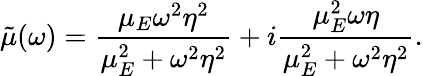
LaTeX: \tilde{\mu}(\omega)=\frac{\mu_{E}\omega^{2}\eta^{2}}{\mu_{E}^{2}+\omega^{2}\eta^{2}}+i\frac{\mu_{E}^{2}\omega\eta}{\mu_{E}^{2}+\omega^{2}\eta^{2}}.